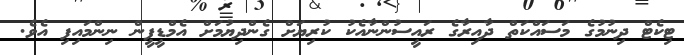
ޓިކެޓް ދިނުމުގެ މަސައްކަތް ދާއިރާގެ ރައީސުންނާއެކު ކުރިޔަށް ގެންދިޔުމަށް އެމްޑީޕީން ނިންމައިފި އެވެ.